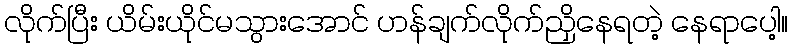
လိုက်ပြီး ယိမ်းယိုင်မသွားအောင် ဟန်ချက်လိုက်ညှိနေရတဲ့ နေရာပေါ့။